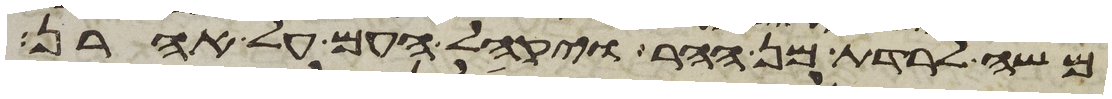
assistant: משה לרדת מן ההר ויקהל העם על אהרן